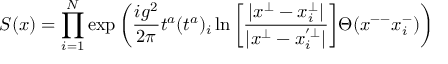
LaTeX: S ( x ) = \prod _ { i = 1 } ^ { N } \exp \bigg ( \frac { i g ^ { 2 } } { 2 \pi } t ^ { a } ( t ^ { a } ) _ { i } \ln \bigg [ \frac { | x ^ { \bot } - x _ { i } ^ { \bot } | } { | x ^ { \bot } - x _ { i } ^ { ' \bot } | } \bigg ] \Theta ( x ^ { -- } x _ { i } ^ { - } ) \bigg )